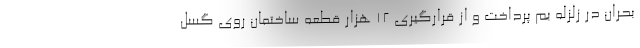
بحران در زلزله بم پرداخت و از قرارگیری ۱۲ هزار قطعه ساختمان روی گسل